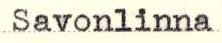
Savonlinna